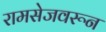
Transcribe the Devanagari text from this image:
रामसेजवरून